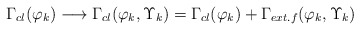
\begin{align*}\Gamma_{cl}(\varphi_k) \longrightarrow \Gamma_{cl}(\varphi_k, \Upsilon_k) = \Gamma_{cl}(\varphi_k) + \Gamma_{ext.f} (\varphi_k , \Upsilon_k)\end{align*}